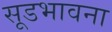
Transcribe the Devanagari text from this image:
सूडभावना